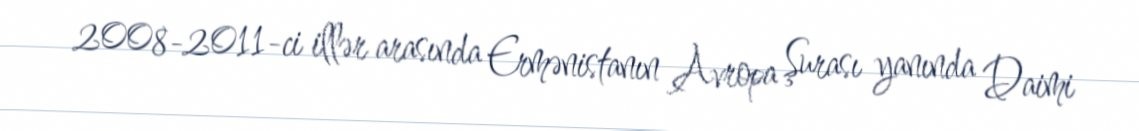
2008-2011-ci illər arasında Ermənistanın Avropa Şurası yanında Daimi